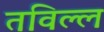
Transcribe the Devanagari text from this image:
तविल्ल